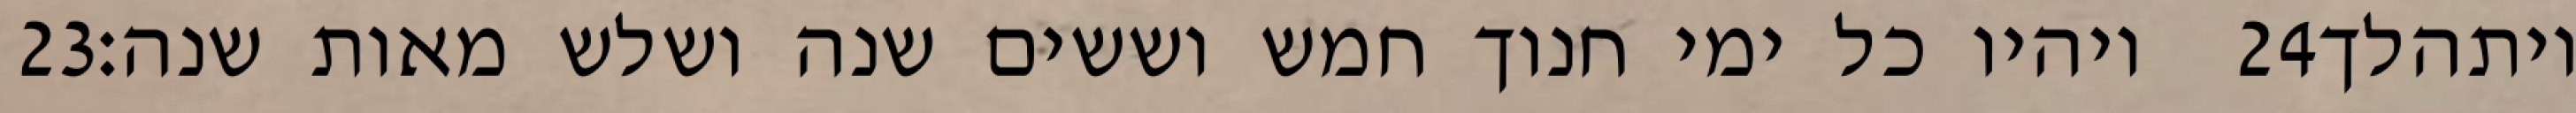
‎23‏ ויהיו כל ימי חנוך חמש וששים שנה ושלש מאות שנה׃ ‎24‏ ויתהלך